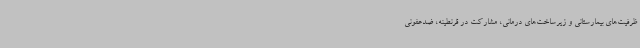
ظرفیت‌های بیمارستانی و زیرساخت‌های درمانی، مشارکت در قرنطینه، ضدعفونی